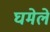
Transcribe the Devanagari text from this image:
घमेले